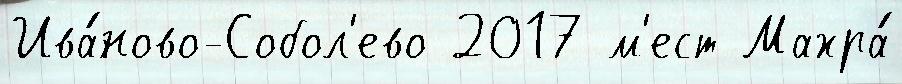
Ива́ново-Собол'ево 2017 м'ест Махра́